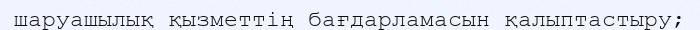
шаруашылық қызметтің бағдарламасын қалыптастыру;